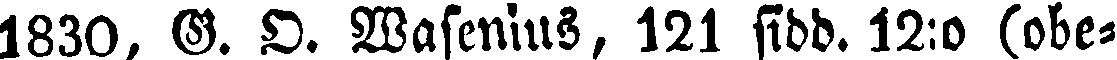
1830, G. O. Wasenius, 121 sidd. 12:o (obe-